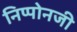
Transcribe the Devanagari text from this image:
निप्पोनजी